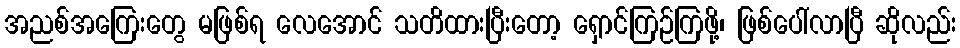
အညစ်အကြေးတွေ မဖြစ်ရ လေအောင် သတိထားပြီးတော့ ရှောင်ကြဉ်ကြဖို့၊ ဖြစ်ပေါ်လာပြီ ဆိုလည်း